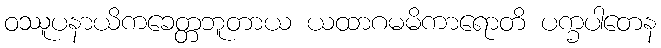
ဝဿူပနာယိကခေတ္တဘူတာယ ယထာဂမမိကာရောတိ ပက္ခပါတေန